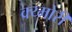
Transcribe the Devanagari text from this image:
क्य्मोरी